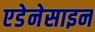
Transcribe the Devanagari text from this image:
एडेनेसाइन